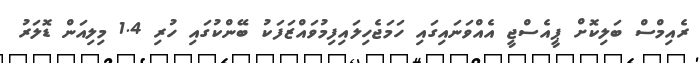
ރެއިމްސް ބަލިކޮށް ޕީއެސްޖީ އެއްވަނައިގައި ހަމަޖެހިލައިފިމުވައްޒަފަކު ބޭންކުގައި ހުރި 1.4 މިލިއަން ޑޮލަރު